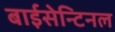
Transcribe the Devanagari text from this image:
बाईसेन्टिनल